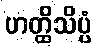
ဟတ္ထိသိပ္ပံ